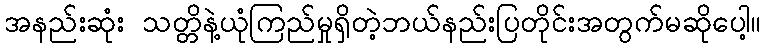
အနည်းဆုံး သတ္တိနဲ့ယုံကြည်မှုရှိတဲ့ဘယ်နည်းပြတိုင်းအတွက်မဆိုပေါ့။